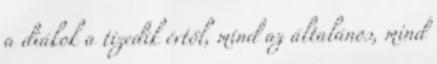
a diákok a tizedik évtől, mind az általános, mind